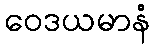
ဝေဒယမာနံ